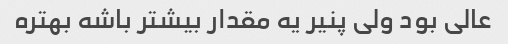
عالی بود ولی پنیر یه مقدار بیشتر باشه بهتره